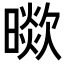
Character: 𣊞